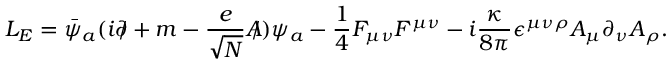
{ \cal L } _ { E } = \bar { \psi } _ { a } ( i \partial \! \! \! / + m - \frac { e } { \sqrt { N } } A \! \! \! / ) \psi _ { a } - \frac { 1 } { 4 } F _ { \mu \nu } F ^ { \mu \nu } - i \frac { \kappa } { 8 \pi } \epsilon ^ { \mu \nu \rho } A _ { \mu } \partial _ { \nu } A _ { \rho } .